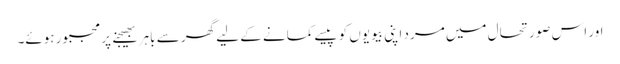
اور اس صورتحال میں مرد اپنی بیویوں کو پیسے کمانے کے لیے گھر سے باہر بھیجنے پر مجبور ہوئے۔